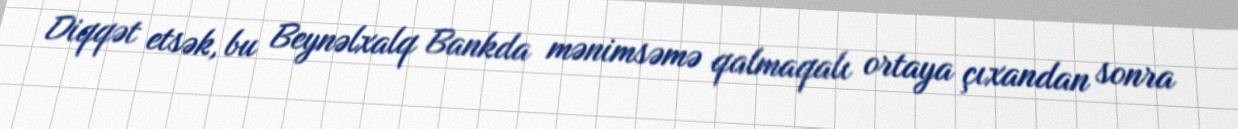
Diqqət etsək, bu Beynəlxalq Bankda mənimsəmə qalmaqalı ortaya çıxandan sonra